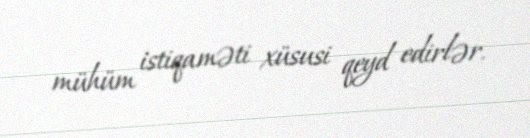
mühüm istiqaməti xüsusi qeyd edirlər.